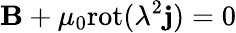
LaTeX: {\mathbf B}+\mu_{0}\mathrm{rot}(\lambda^{2}{\mathbf j})=0